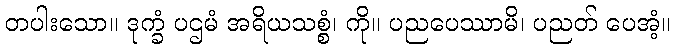
တပါးသော။ ဒုက္ခံ ပဌမံ အရိယသစ္စံ၊ ကို။ ပညပေဿာမိ၊ ပညတ် ပေအံ့။